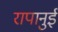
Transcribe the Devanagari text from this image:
रापानुई